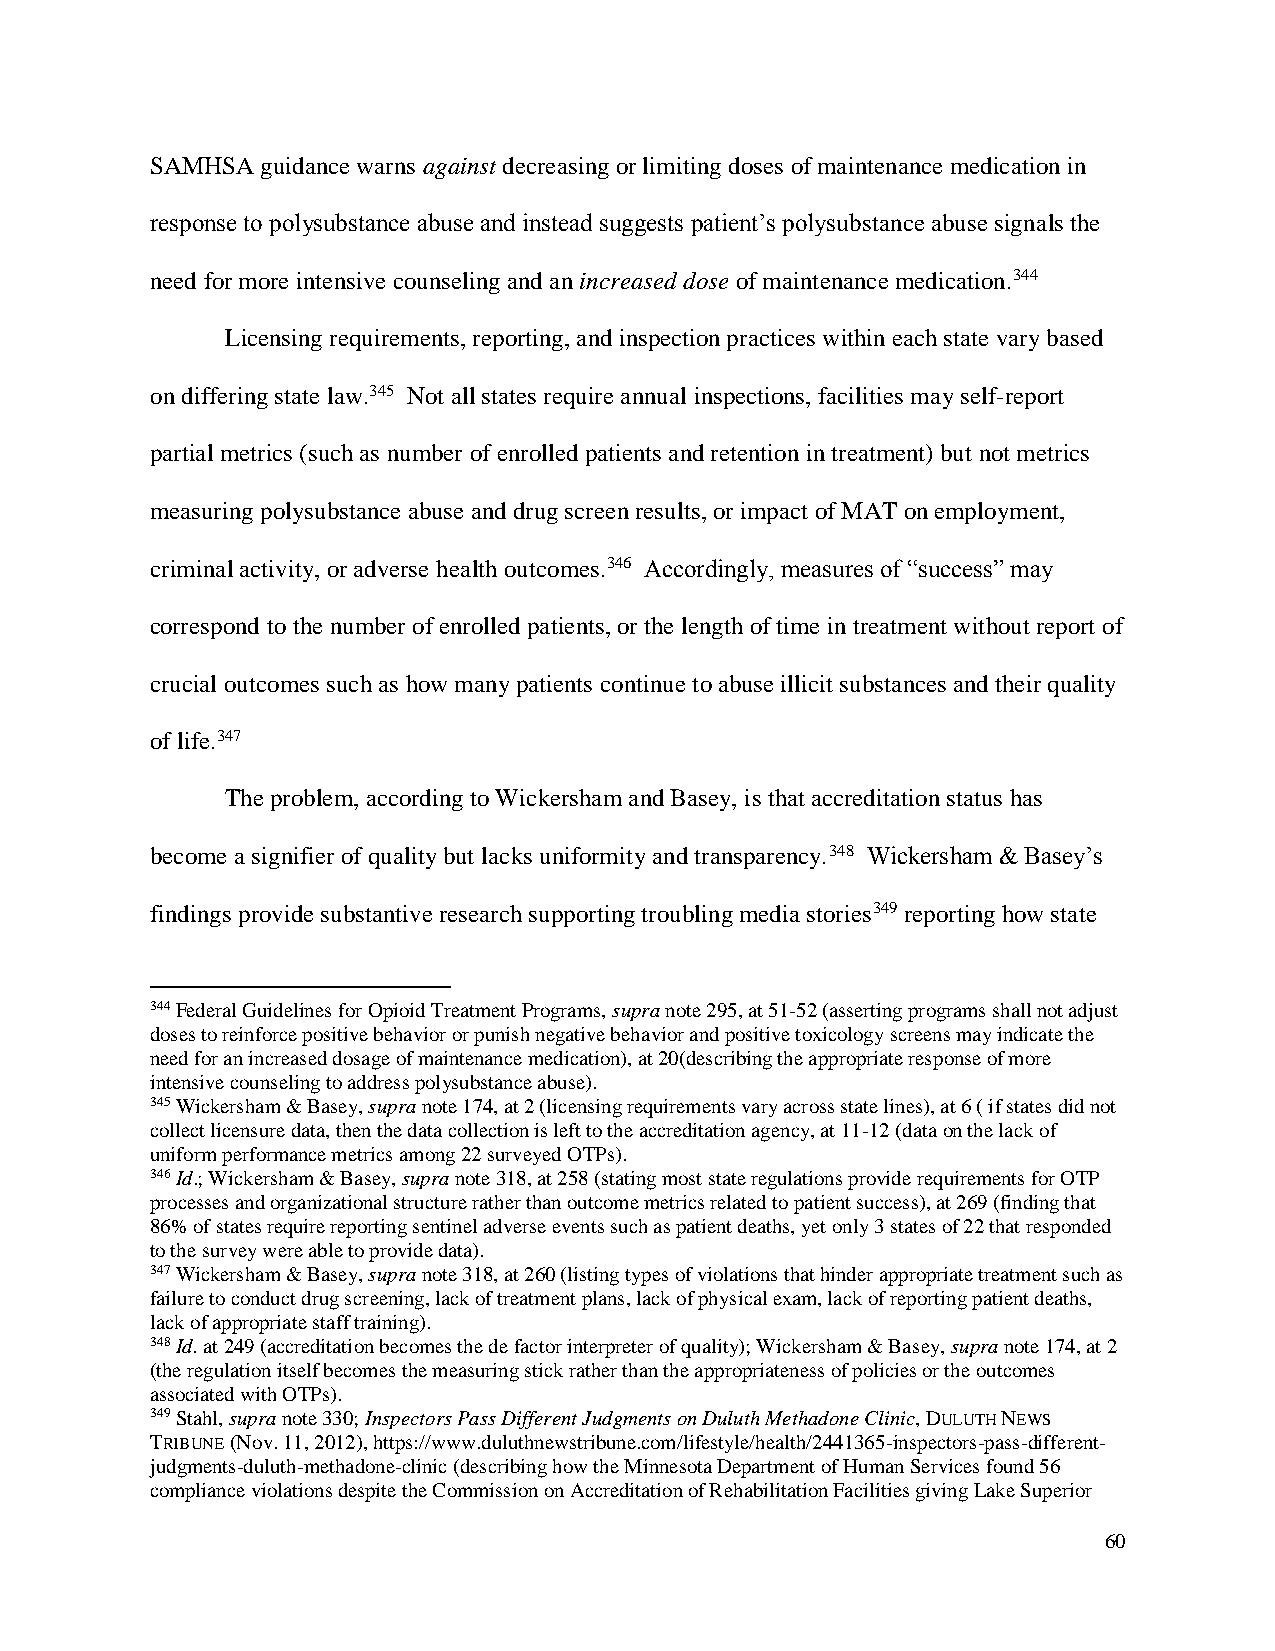
SAMHSA guidance warns against decreasing or limiting doses of maintenance medication in
 response to polysubstance abuse and instead suggests patient’s polysubstance abuse signals the
 need for more intensive counseling and an increased dose of maintenance medication.344
 Licensing requirements, reporting, and inspection practices within each state vary based
 on differing state law.345 Not all states require annual inspections, facilities may self-report
 partial metrics (such as number of enrolled patients and retention in treatment) but not metrics
 measuring polysubstance abuse and drug screen results, or impact of MAT on employment,
 criminal activity, or adverse health outcomes.346 Accordingly, measures of “success” may
 correspond to the number of enrolled patients, or the length of time in treatment without report of
 crucial outcomes such as how many patients continue to abuse illicit substances and their quality
 of life.347
 The problem, according to Wickersham and Basey, is that accreditation status has
 become a signifier of quality but lacks uniformity and transparency.348 Wickersham & Basey’s
 findings provide substantive research supporting troubling media stories349 reporting how state
 344 Federal Guidelines for Opioid Treatment Programs, supra note 295, at 51-52 (asserting programs shall not adjust
 doses to reinforce positive behavior or punish negative behavior and positive toxicology screens may indicate the
 need for an increased dosage of maintenance medication), at 20(describing the appropriate response of more
 intensive counseling to address polysubstance abuse).
 345 Wickersham & Basey, supra note 174, at 2 (licensing requirements vary across state lines), at 6 ( if states did not
 collect licensure data, then the data collection is left to the accreditation agency, at 11-12 (data on the lack of
 uniform performance metrics among 22 surveyed OTPs).
 346 Id.; Wickersham & Basey, supra note 318, at 258 (stating most state regulations provide requirements for OTP
 processes and organizational structure rather than outcome metrics related to patient success), at 269 (finding that
 86% of states require reporting sentinel adverse events such as patient deaths, yet only 3 states of 22 that responded
 to the survey were able to provide data).
 347 Wickersham & Basey, supra note 318, at 260 (listing types of violations that hinder appropriate treatment such as
 failure to conduct drug screening, lack of treatment plans, lack of physical exam, lack of reporting patient deaths,
 lack of appropriate staff training).
 348 Id. at 249 (accreditation becomes the de factor interpreter of quality); Wickersham & Basey, supra note 174, at 2
 (the regulation itself becomes the measuring stick rather than the appropriateness of policies or the outcomes
 associated with OTPs).
 349 Stahl, supra note 330; Inspectors Pass Different Judgments on Duluth Methadone Clinic, DULUTH NEWS
 TRIBUNE (Nov. 11, 2012), https://www.duluthnewstribune.com/lifestyle/health/2441365-inspectors-pass-different-
 judgments-duluth-methadone-clinic (describing how the Minnesota Department of Human Services found 56
 compliance violations despite the Commission on Accreditation of Rehabilitation Facilities giving Lake Superior
 60